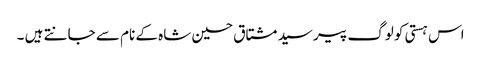
اس ہستی کو لوگ پیر سید مشتاق حسین شاہ کے نام سے جانتے ہیں ۔